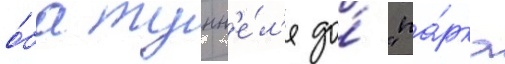
о́ба тунн'е́л'я до́ "па́рка